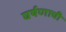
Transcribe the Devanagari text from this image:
घर्षणाची